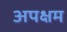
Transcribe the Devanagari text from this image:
अपक्षम